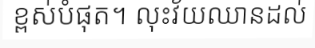
ខ្ពស់បំផុត។ លុះវ័យឈានដល់